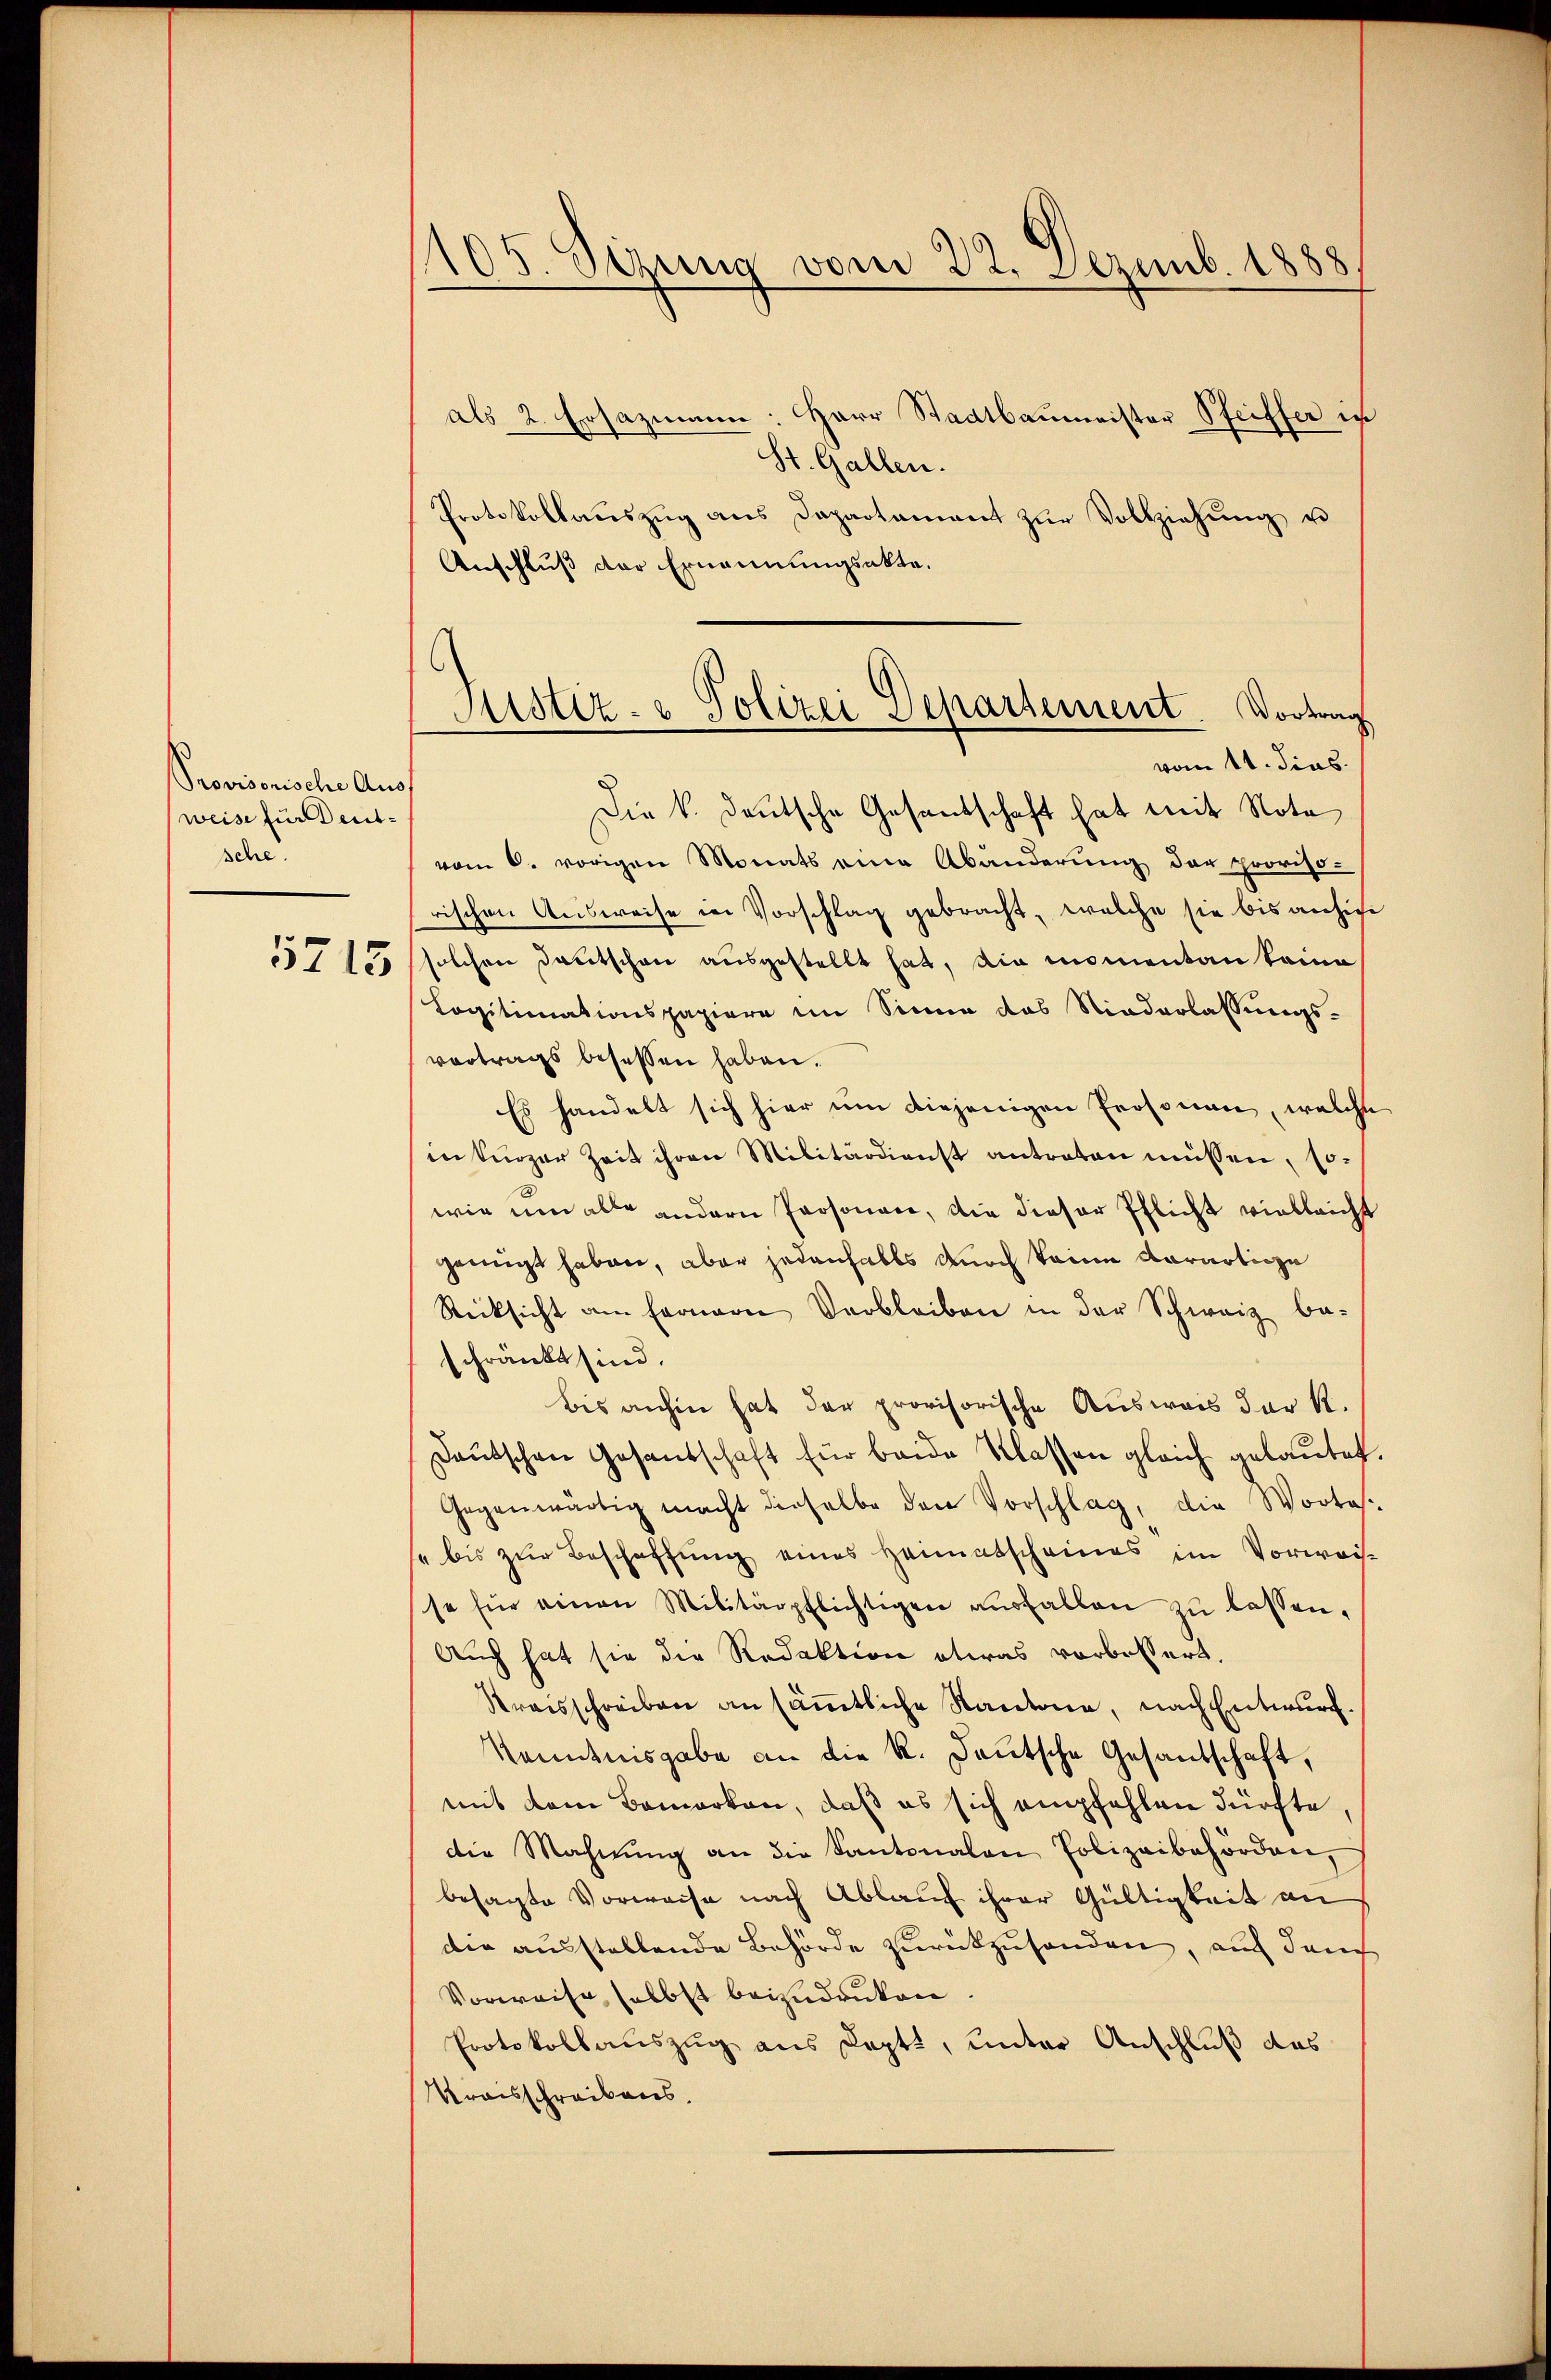
Provisorische Auss
weise furdentsehe.

5715

105. Sezung vom 22. Dezemb. 1888
als 2. Ersazmann: Herr Stadtbaumeister Steiffer in

Justiz- & Polizei Departement. Vortrag
vom 11. dies

St. Gallen.
Protokollaŭszŭg ans Departament zŭr Vollziehŭng u
Anschluß der Ernennungsakte.
Die k. deutsche Gesandschaft hat mit Note
vom 6. vorigen Monats eine Abänderung der proviso-
rischen Ausweise in Vorschlag gebracht, welche sie bis ansige
solchen Deutschen ausgestellt hat, die momentan keine
Legitimationspapiere im Sinne das Niederlassungs-
vortrags besessen haben.
Es handelt sich hier um diejenigen Personen, welche
in kurzer Zeit ihren Militärdienst antraten müssen, so-
wie und alle andern Personen, die dieser Pflicht vielleicht
genügt haben, aber jedenfalls noch keine Aerartige
Rücksicht am Fernern Verbleiben in der Schweiz be-
schränkt sind.
bis anhin hat der provisorische Ausweis der R.
Deutschen Gesandschaft für beide Klassen gleich gelautet
Gegenwärtig macht dieselbe den Vorschlag, die Wortasse bis zur Beschaffung eines Heimatscheines im Vorweis-
se für einen Militärpflichtigen aŭsfallen zŭ lassen.
Auch hat sie die Redaktion etwas vorbessert.
Kraisschreiben an sämmtliche Kantone, nach Entwurf.
Kenntnisgabe an die K. Deutsche Gesandschaft,
mit dem Bemerken, daß es sich empfehlen dürfte,
die Mahnung an die Kantonalen Polizeibehörden,
besagte Vorweise nach Ablauf ihrer Gültigkeit an
die ausstellende Behörde zurückzusenden, auch danch
Vorweise selbst beizudrucken.
Protokollauszug aus Doptt, unter Anschluß das
Traisschreibens,